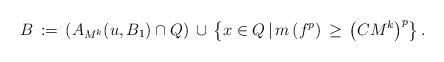
LaTeX: \begin{align*}B\,:=\,\left(A_{M^k}(u,B_1)\cap Q\right)\,\cup\,\left\lbrace x\in Q\,|\,m\left(f^p\right)\,\geq\,\left(CM^k\right)^p \right\rbrace.\end{align*}